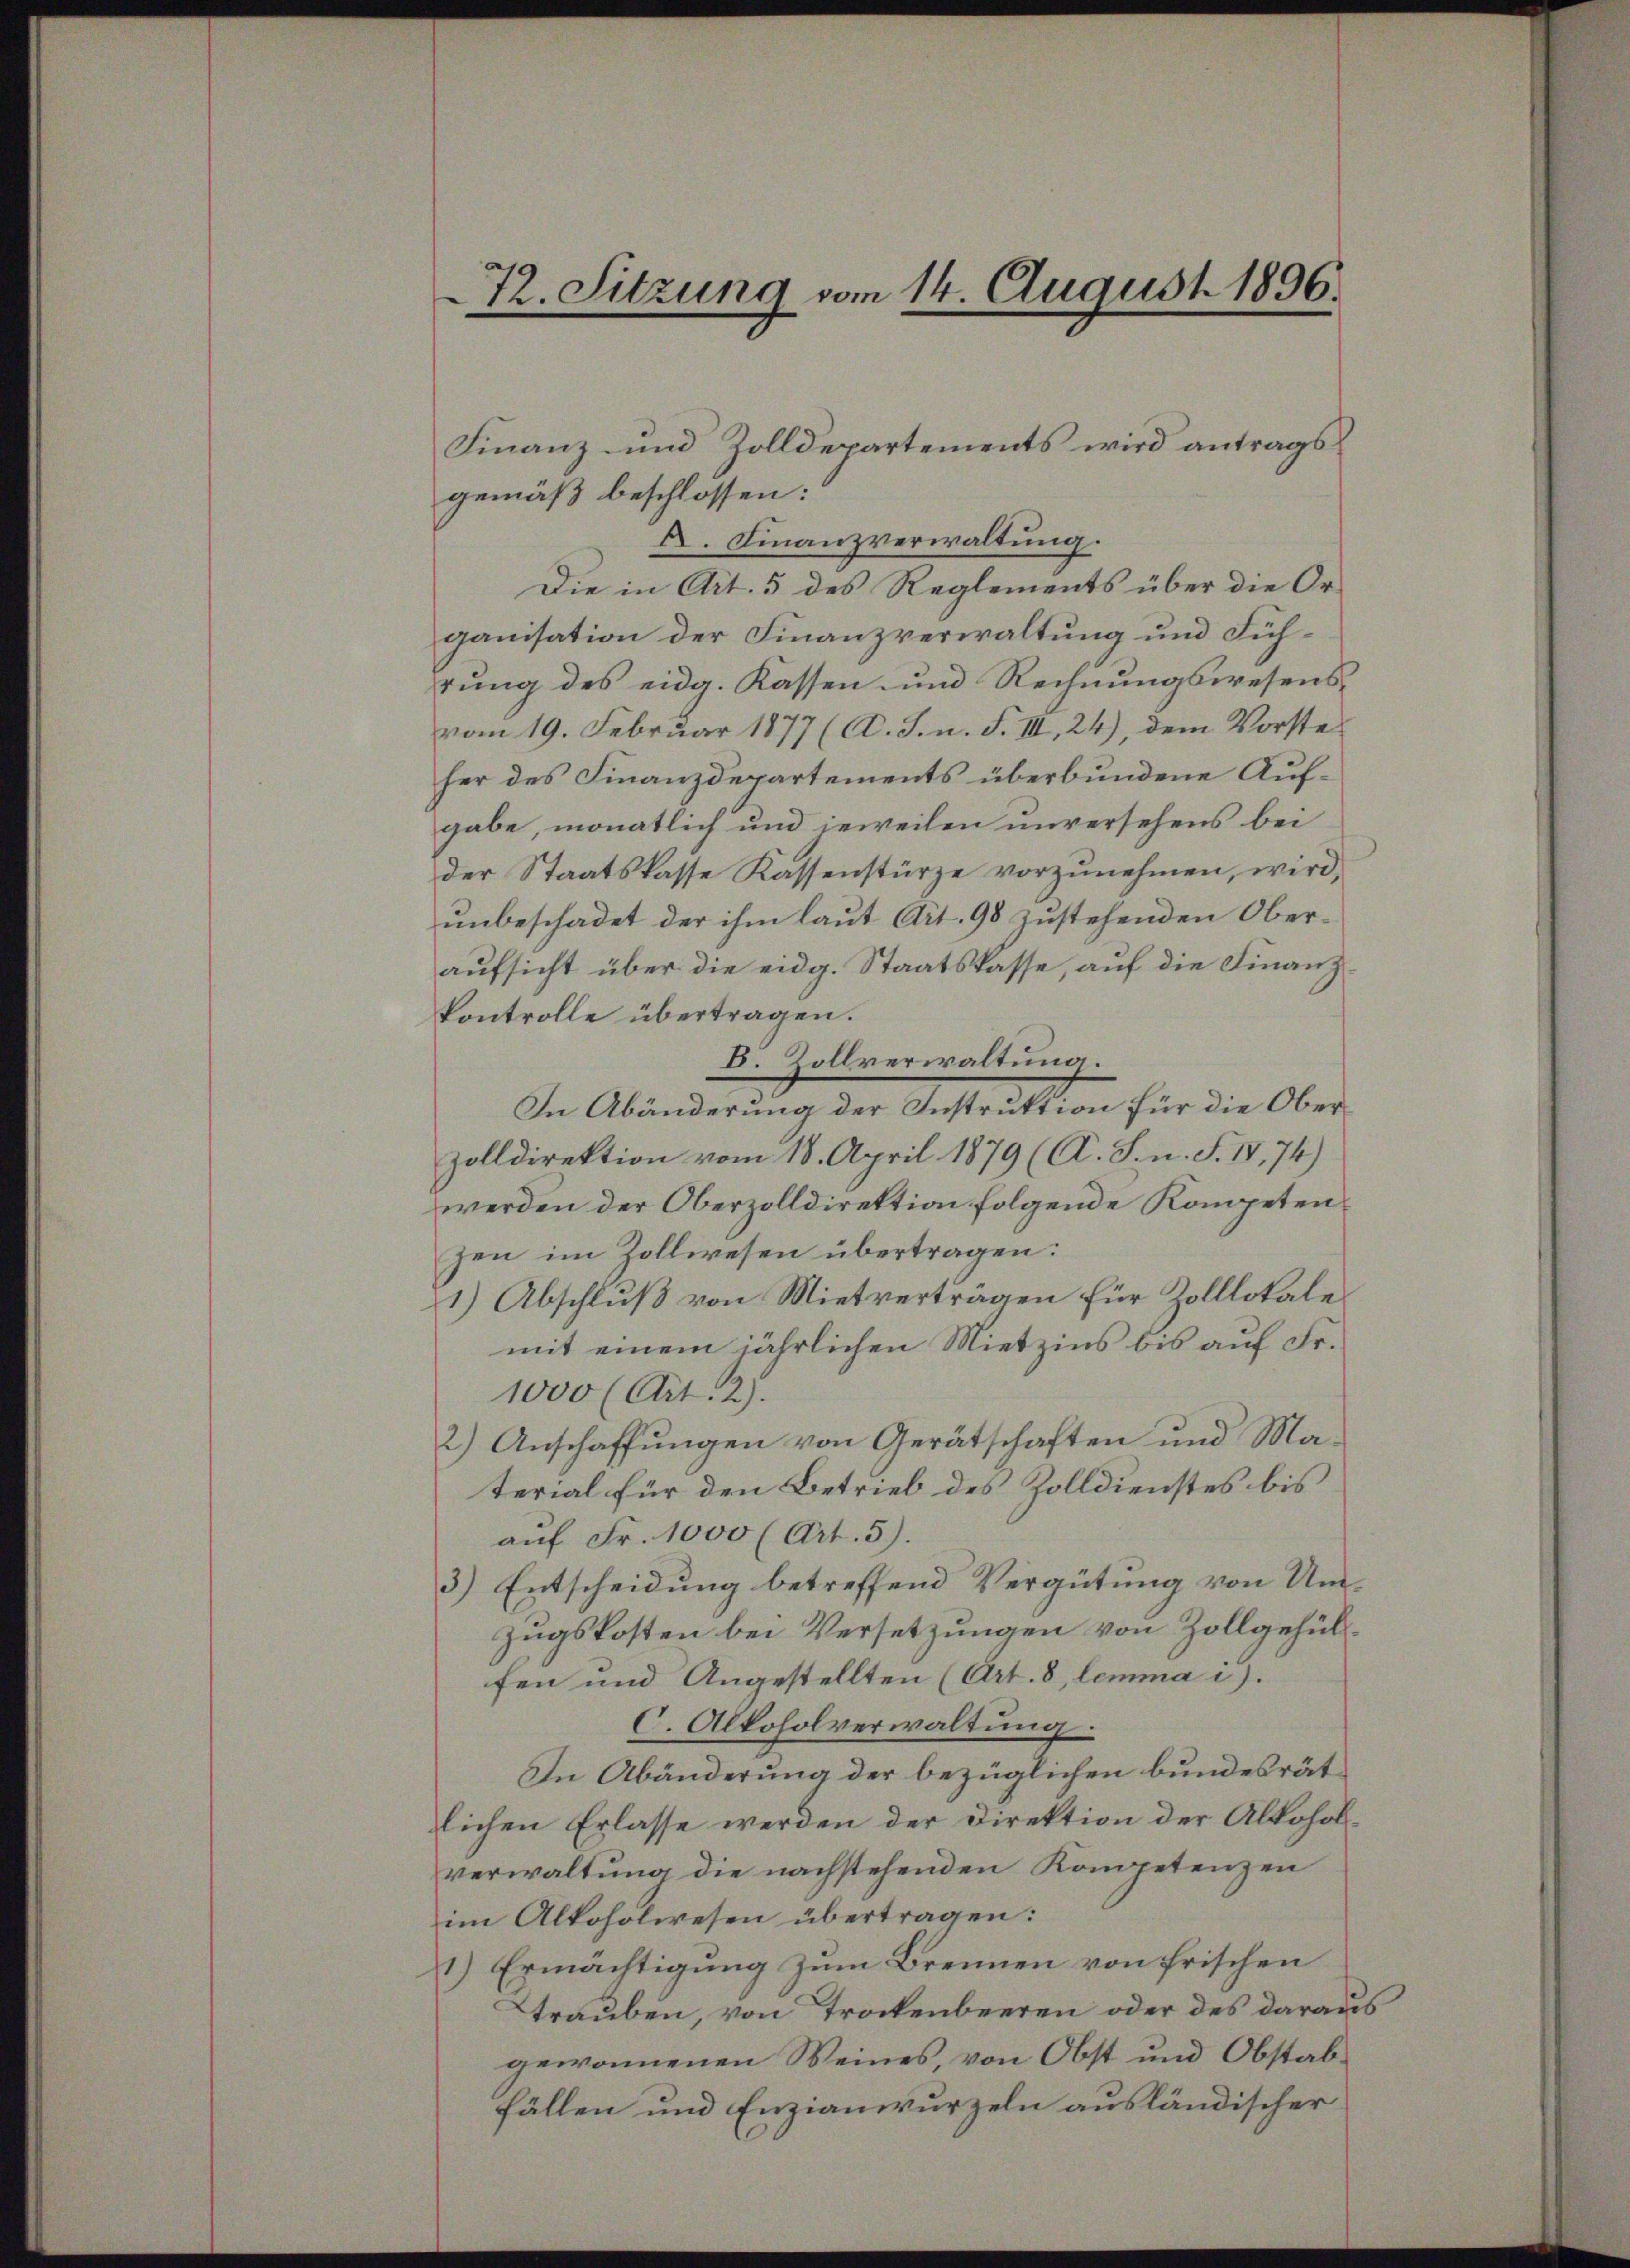
72. Sitzung vom 14. August 1896.

Finanz- und Zolldepartements wird antrags
gemäß beschlossen:
A. Finanzverwaltung.
Die in Art. 5 des Reglements über die Organisation der Finanzverwaltung und Führung des eidg. Kassen und Rechnungswesensvom 19. Februar 1877 (A. J. n. F. III, 24), dem Vorsteher des Finanzdepartements überbundene Aufgabe, monatlich und jeweilen unversehens bei
der Staatskasse Kassenstürze vorzŭnehmen, wird,
unbeschadet der ihm laut Art. 98 zustehenden Oberaufsicht über die eidg. Staatskasse, auf die Finanzkontrolle übertragen.
B. Zollverwaltung.
In Abänderung der Instruktion für die Ober¬
Zolldirektion vom 18. April 1879 (A. S. n. F. IV, 74)
werden der Oberzolldirektion folgende Kompetenhen im Zollwesen übertragen:
1) Abschluß von Mietverträgen für Zolllokale
mit einem jährlichen Mietzins bis auf Fr.
1000 (Art. 2).
2.) Anschaffungen von Gerätschaften und Material für den Betrieb des Zolldienstes bis
auf Fr. 1000 (Art. 5).
3) Entscheidung betreffend Vergütung von Umzugskosten bei Versetzungen von Zollgehülfen und Angestellten (Art. 8, lemma i).
C. Alkoholverwaltung.
In Abänderung der bezüglichen bundesrät
lichen Erlasse werden der Direktion der Alkoholverwaltung die nachstehenden Kompetenzen
im Alkoholwesen übertragen:
1) Ermächtigung zum Brennen von frischen
trauben, von Trockenbeeren oder des daraus
gewonnenen Weines, von Obst und Obstabfällen und Enzianwurzeln ausländischer